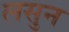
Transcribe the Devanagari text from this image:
लसुन